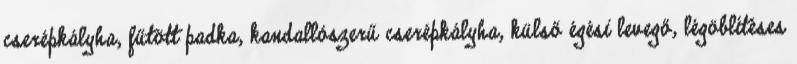
cserépkályha, fűtött padka, kandallószerű cserépkályha, külső égési levegő, légöblítéses